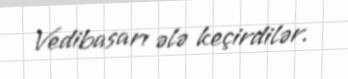
Vedibasarı ələ keçirdilər.